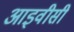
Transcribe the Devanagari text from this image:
आइवीसी